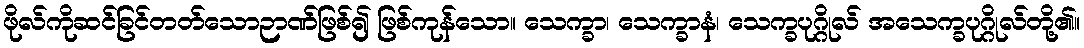
ဖိုလ်ကိုဆင်ခြင်တတ်သောဉာဏ်ဖြစ်၍ ဖြစ်ကုန်သော။ သေက္ခာ၊ သေက္ခာနံ၊ သေက္ခပုဂ္ဂိုလ် အသေက္ခပုဂ္ဂိုလ်တို့၏။